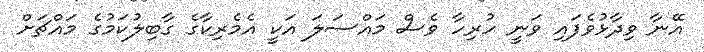
އޭނާ ވިދާޅުވެފައި ވަނީ ހުރިހާ ވެސް މައްސަލަ އަކީ އެމެރިކާގެ ގާބިލުކަމުގެ މައްޗަށް